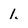
Character: 1